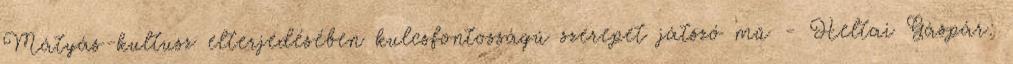
Mátyás-kultusz elterjedésében kulcsfontosságú szerepet játszó mű - Heltai Gáspár: